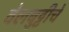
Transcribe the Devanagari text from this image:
वेलबुट्टीचे